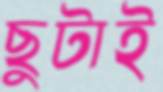
ছুটাই